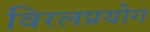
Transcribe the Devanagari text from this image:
विरलप्रयोग